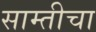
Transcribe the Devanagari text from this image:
साम्तीचा